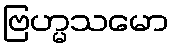
ဗြဟ္မသမော